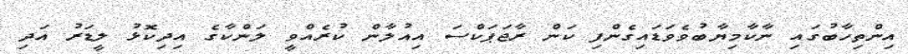
އިންތިހާބުގައި ނާކާމިޔާބުވެވަޑައިގެންފި ކަން ރާޖަޕަކްސަ އިއުލާން ކުރެއްވީ ލަންކާގެ އިދިކޮޅު ލީޑަރު އަދި